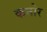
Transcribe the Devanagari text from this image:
कनोर